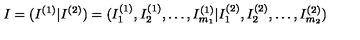
I = ( I ^ { ( 1 ) } | I ^ { ( 2 ) } ) = ( I _ { 1 } ^ { ( 1 ) } , I _ { 2 } ^ { ( 1 ) } , \ldots , I _ { m _ { 1 } } ^ { ( 1 ) } | I _ { 1 } ^ { ( 2 ) } , I _ { 2 } ^ { ( 2 ) } , \ldots , I _ { m _ { 2 } } ^ { ( 2 ) } )